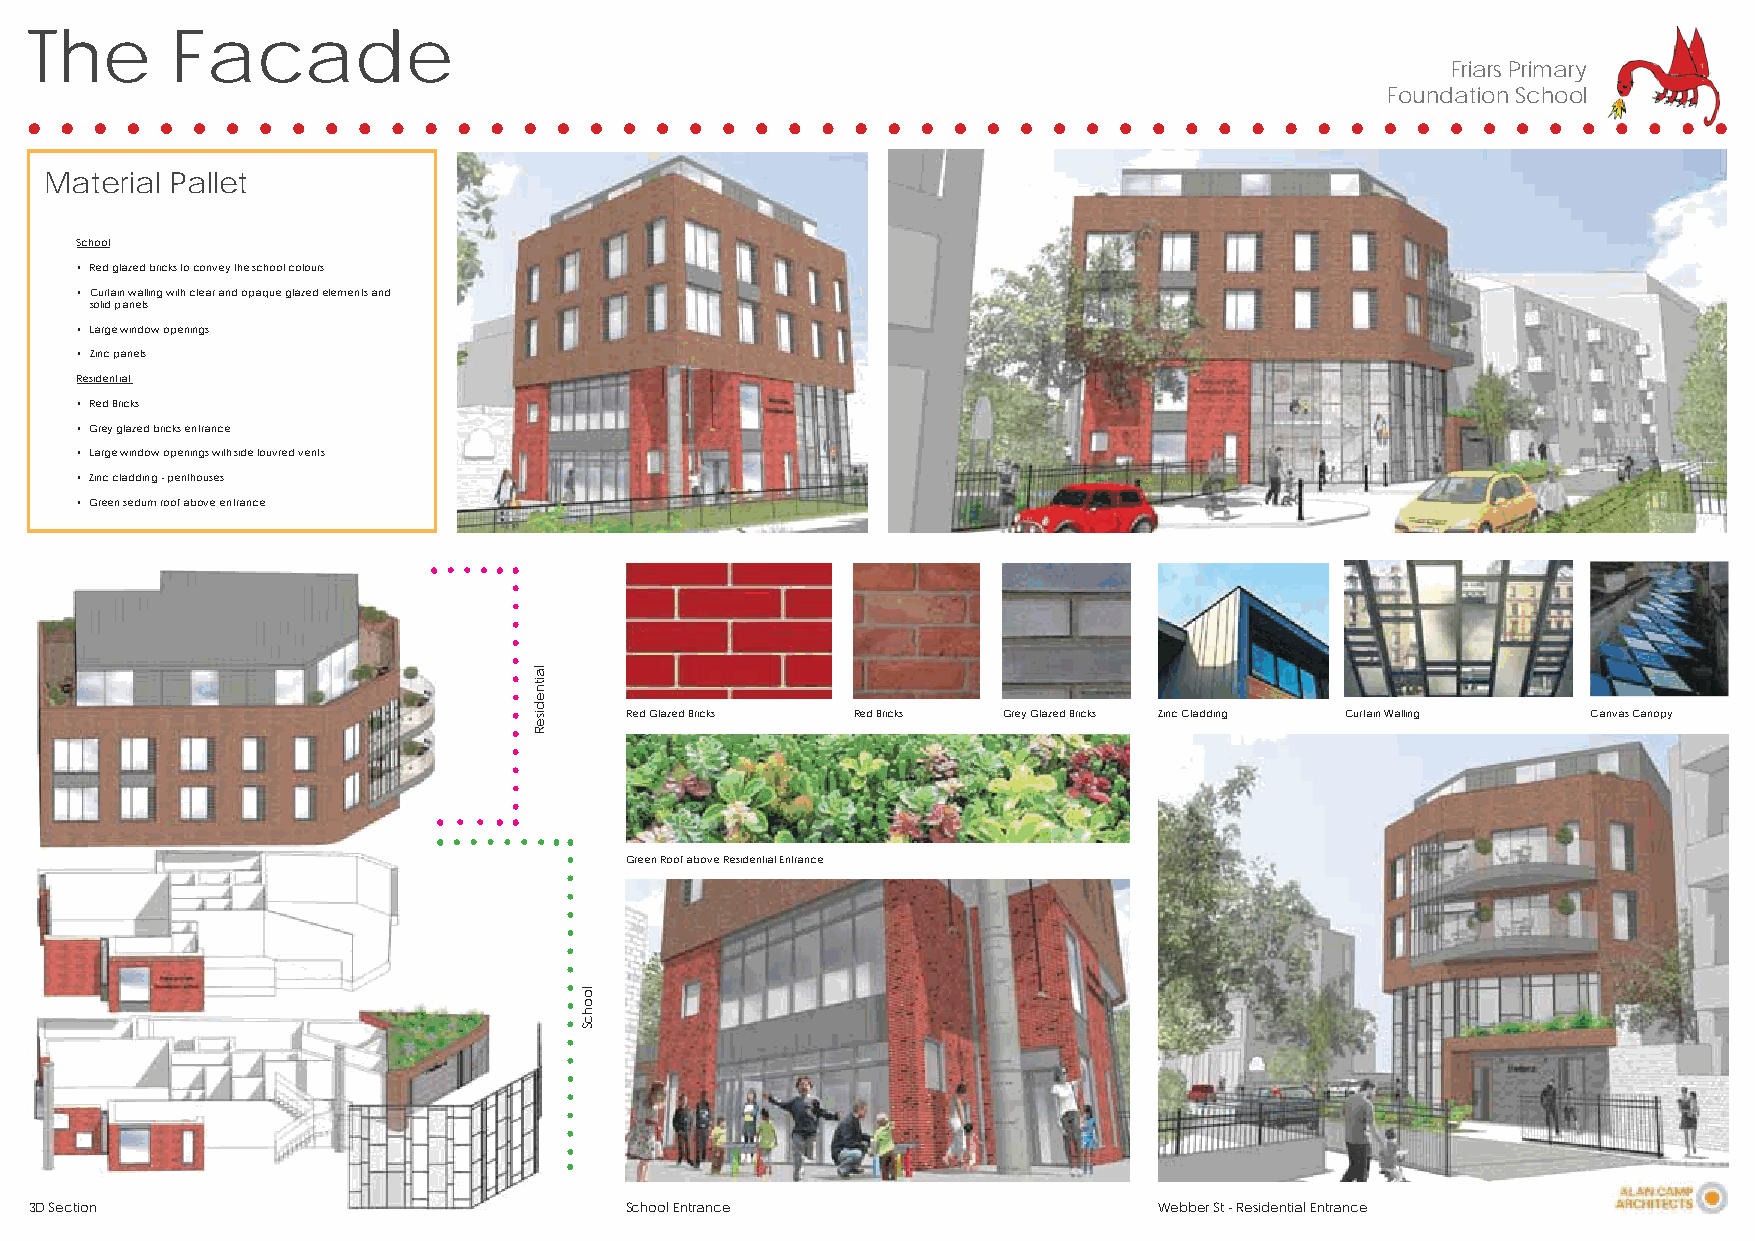
The      Facade
 Friars Primary
 Foundation School
 Material Pallet
 School
 • Red glazed bricks to convey the school colours
 • Curtain walling with clear and opaque glazed elements and
 solid panels
 • Large window openings
 • Zinc panels
 Residential
 • Red Bricks
 • Grey glazed bricks entrance
 • Large window openings with side louvred vents
 • Zinc cladding - penthouses
 • Green sedum roof above entrance
 Red Glazed Bricks Red Bricks Grey Glazed Bricks Zinc Cladding Curtain Walling Canvas Canopy
 Green Roof above Residential Entrance
 3D Section                             School Entrance                     Webber St - Residential Entrance
 laitnediseR
 loohcS